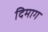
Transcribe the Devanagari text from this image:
दिमाग